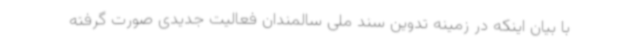
با بیان اینکه در زمینه تدوین سند ملی سالمندان فعالیت جدیدی صورت گرفته